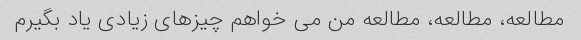
مطالعه، مطالعه، مطالعه من می خواهم چیزهای زیادی یاد بگیرم